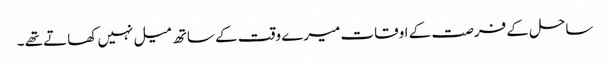
ساحل کے فرصت کے اوقات میرے وقت کے ساتھ میل نہیں کھاتے تھے ۔